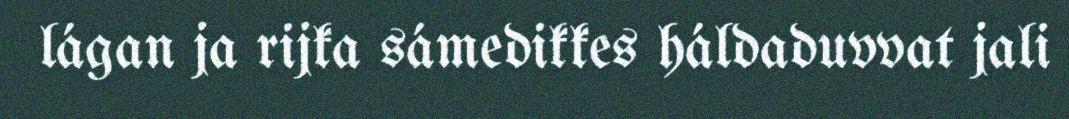
lágan ja rijka sámedikkes háldaduvvat jali